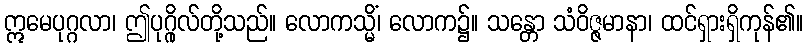
ဣမေပုဂ္ဂလာ၊ ဤပုဂ္ဂိုလ်တို့သည်။ လောကသ္မိံ၊ လောက၌။ သန္တော သံဝိဇ္ဇမာနာ၊ ထင်ရှားရှိကုန်၏။